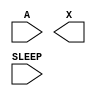
module sky130_fd_sc_hdll__inputiso1p (
    //# {{data|Data Signals}}
    input  A    ,
    output X    ,

    //# {{power|Power}}
    input  SLEEP
);

    // Voltage supply signals
    supply1 VPWR;
    supply0 VGND;
    supply1 VPB ;
    supply0 VNB ;

endmodule